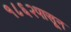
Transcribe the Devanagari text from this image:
१८६२पासून